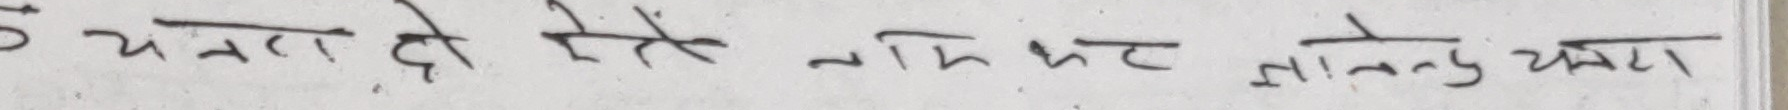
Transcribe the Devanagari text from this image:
यो चतना दे जिउँन सम्भट ताल्नुकू करा